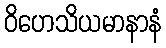
ဝိဟေသိယမာနာနံ